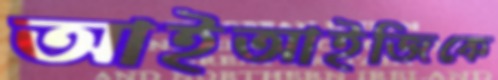
আইআইজিকে